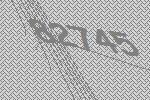
82745